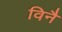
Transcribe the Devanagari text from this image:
विनै